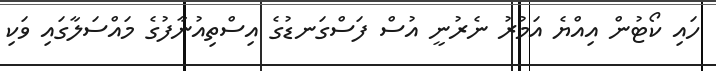
ހައި ކޯޓުން އިއްޔެ އަމުރު ނެރުނީ އުސް ފަސްގަނޑުގެ އިސްތިއުނާފުގެ މައްސަލާގައި ވަކި